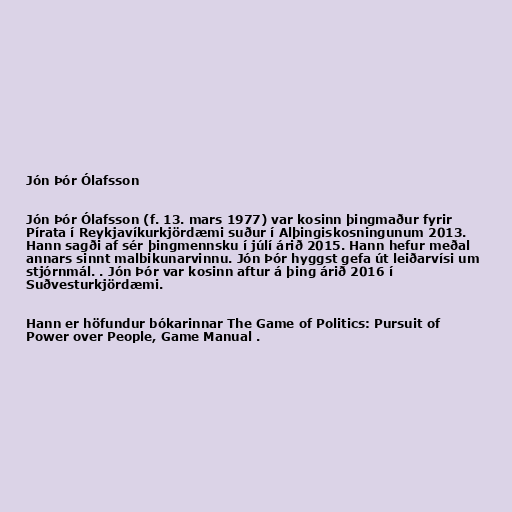
Jón Þór Ólafsson

Jón Þór Ólafsson (f. 13. mars 1977) var kosinn þingmaður fyrir
Pírata í Reykjavíkurkjördæmi suður í Alþingiskosningunum 2013.
Hann sagði af sér þingmennsku í júlí árið 2015. Hann hefur meðal
annars sinnt malbikunarvinnu. Jón Þór hyggst gefa út leiðarvísi um
stjórnmál. . Jón Þór var kosinn aftur á þing árið 2016 í
Suðvesturkjördæmi.

Hann er höfundur bókarinnar The Game of Politics: Pursuit of
Power over People, Game Manual .